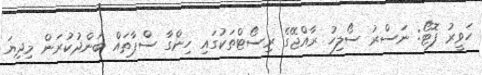
ހަވީރު ފޮޓޯ: ނަސްރު ސޯލިހު ރާއްޖޭގެ ރިސޯޓްތަކުގައި ހިންގާ ސްޕާތައް ބަންދުކުރަން މިދިޔަ